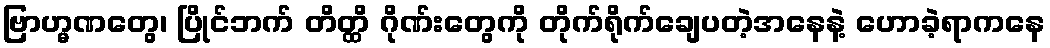
ဗြာဟ္မဏတွေ၊ ပြိုင်ဘက် တိတ္ထိ ဂိုဏ်းတွေကို တိုက်ရိုက်ချေပတဲ့အနေနဲ့ ဟောခဲ့ရာကနေ